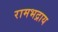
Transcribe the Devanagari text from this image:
रामभद्राय